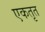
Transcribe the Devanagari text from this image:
एकतृत